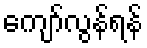
ကျော်လွန်ရန်